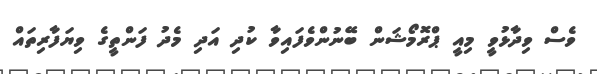
ވެސް ވިދާޅުވީ މިއީ ޕްރޮމޯޝަން ބޭނުންވެފައިވާ ކުދި އަދި މެދު ފަންތީގެ ވިޔަފާރިތައް